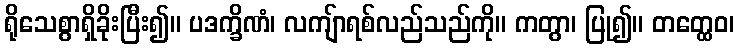
ရိုသေစွာရှိခိုးပြီး၍။ ပဒက္ခိဏံ၊ လကျ်ာရစ်လည်သည်ကို။ ကတွာ၊ ပြု၍။ တတ္ထေဝ၊